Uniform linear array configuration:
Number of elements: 24
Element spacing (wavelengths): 0.5
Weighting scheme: uniform
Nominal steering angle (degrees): -15
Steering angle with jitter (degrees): -13.915
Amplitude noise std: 0.05
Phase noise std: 0.05

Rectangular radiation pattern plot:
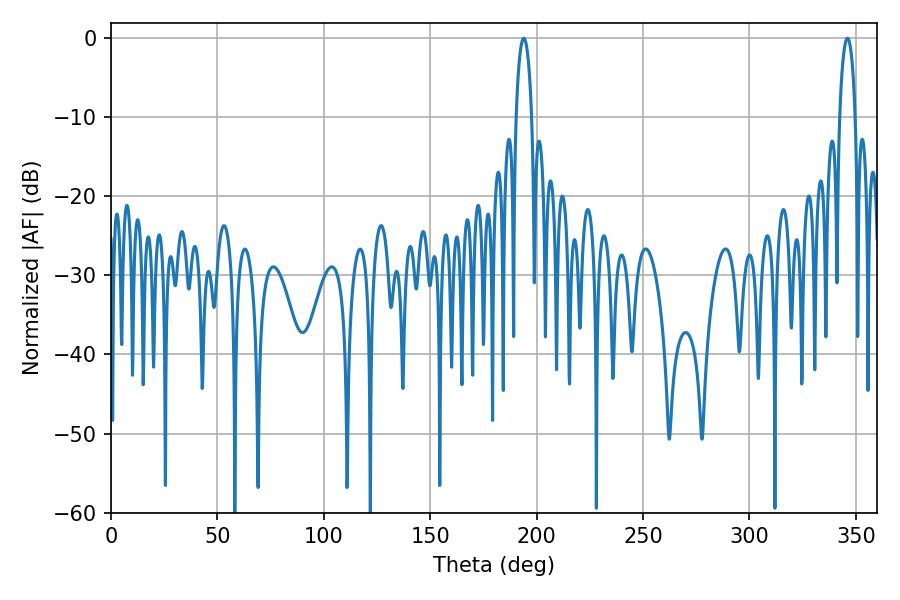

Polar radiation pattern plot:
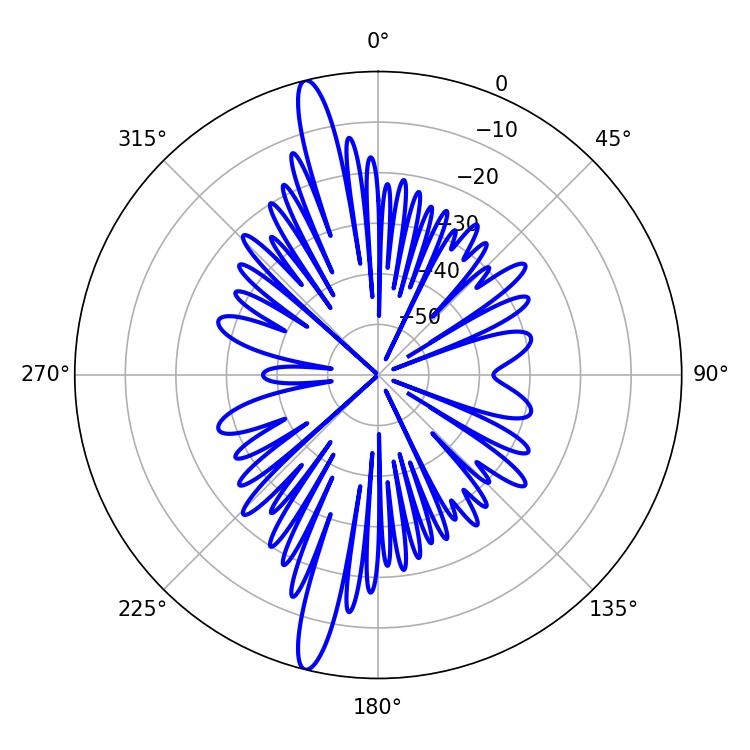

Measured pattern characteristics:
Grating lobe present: FALSE
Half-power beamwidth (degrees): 4.14
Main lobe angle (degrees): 194.04